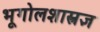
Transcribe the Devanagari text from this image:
भूगोलशास्त्रज्ञ